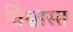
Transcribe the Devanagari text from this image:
विश्वास्त